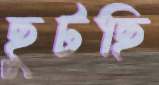
ছুটছি